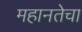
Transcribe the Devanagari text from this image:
महानतेचा